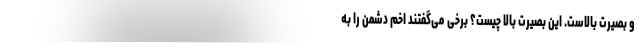
و بصیرت بالاست. این بصیرت بالا چیست؟ برخی می‌گفتند اخم دشمن را به